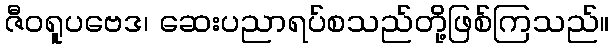
ဇီဝရူပဗေဒ၊ ဆေးပညာရပ်စသည်တို့ဖြစ်ကြသည်။